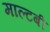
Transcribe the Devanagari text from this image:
माल्टबी